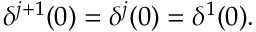
\delta ^ { j + 1 } ( 0 ) = \delta ^ { j } ( 0 ) = \delta ^ { 1 } ( 0 ) .